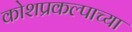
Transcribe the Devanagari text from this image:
कोशप्रकल्पाच्या